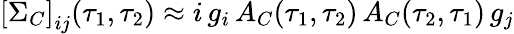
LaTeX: \left[\Sigma_{C}\right]_{ij}(\tau_{1},\tau_{2})\approx i\, g_{i}\, A_{C}(\tau_{1},\tau_{2})\, A_{C}(\tau_{2},\tau_{1})\, g_{j}